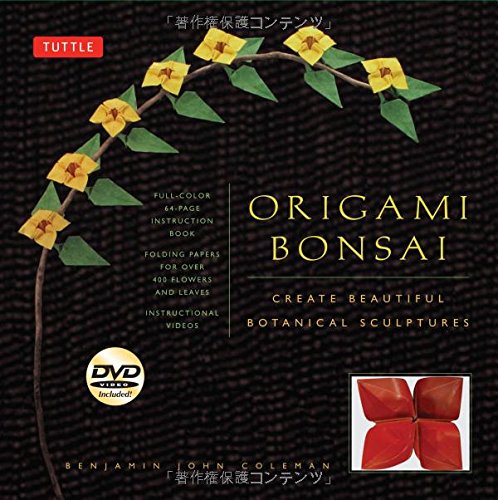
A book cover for Origami Bonsai Kit: Create Beautiful Botanical Sculptures [Origami Kit with Book, DVD, 48 Papers]; Benjamin John Coleman; Crafts, Hobbies & Home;